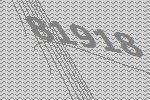
81918